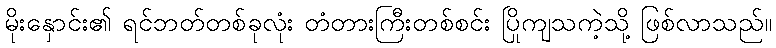
မိုးနှောင်း၏ ရင်ဘတ်တစ်ခုလုံး တံတားကြီးတစ်စင်း ပြိုကျသကဲ့သို့ ဖြစ်လာသည်။